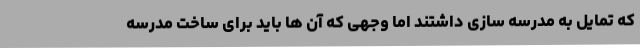
که تمایل به مدرسه سازی داشتند اما وجهی که آن ها باید برای ساخت مدرسه